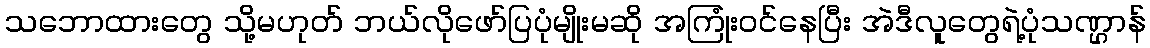
သဘောထားတွေ သို့မဟုတ် ဘယ်လိုဖော်ပြပုံမျိုးမဆို အကြုံးဝင်နေပြီး အဲဒီလူတွေရဲ့ပုံသဏ္ဌာန်